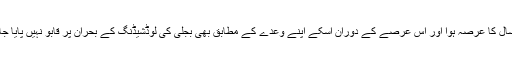
اس میں کوئی شک نہیں کہ اس منتخب قیادت کو ملک کے سیاہ وسپید کا اختیار سنبھالے ابھی صرف ایک سال کا عرصہ ہوا اور اس عرصے کے دوران اسکے اپنے وعدے کے مطابق بھی بجلی کی لوڈشیڈنگ کے بحران پر قابو نہیں پایا جا سکتا تھا جب کہ جہاں تک مزدور کی کم از کم تنخواہ 15 ہزار روپے مقرر کرنے کے وعدہ کا تعلق ہے۔